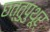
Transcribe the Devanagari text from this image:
छत्तुपुथूर्